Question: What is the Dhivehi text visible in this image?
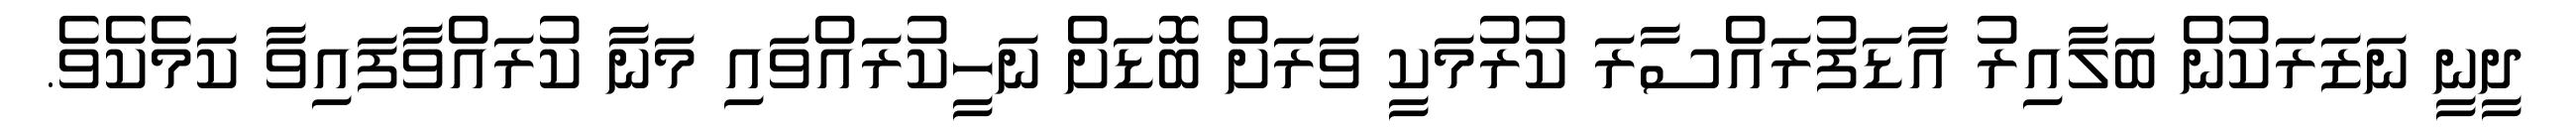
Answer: ދީނީ ނަޒަރަކުން ބަލާއިރު އާޑަފުރައްސާރަ ކުރުމަކީ ވަރަށް ބޮޑަށް ނަހީކުރައްވައި މަނާ ކުރައްވާފައިވާ ކަމެކެވެ.